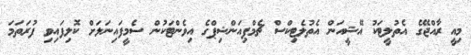
މިއީ ރާއްޖޭގެ އެތުލީޓަކު އޭޝީއަން އެތުލެޓިކްސް ޗެމްޕިއަންޝިޕްގެ އިވެންޓަކުން ސެމީފައިނަލަށް ކޮލިފައިވި ފުރަތަމަ